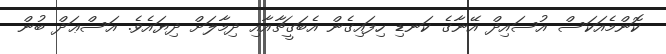
ކޮންމެއަކަސް އުސައިދް އޭނާގެ ކަނޑި ހިފައިގެން އެބަގީޗާއާއި ދިމާލަށް ދިޔައެވެ. އަސްޢަދް ބުން